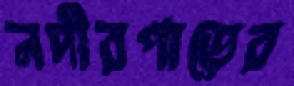
নদীরপাড়ের